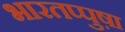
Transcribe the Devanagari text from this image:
भारतप्पुष़ा